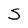
Character: S